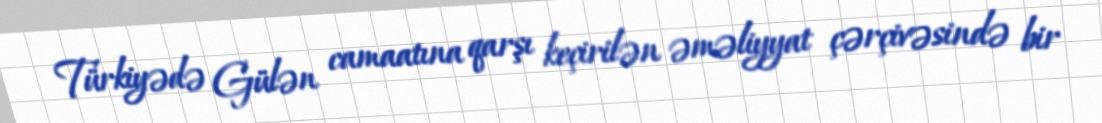
Türkiyədə Gülən camaatına qarşı keçirilən əməliyyat çərçivəsində bir